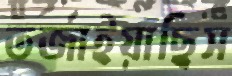
তর্জাইয়াছিস